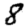
Digit: 8